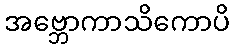
အဗ္ဘောကာသိကောပိ